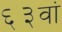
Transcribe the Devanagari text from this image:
६३वां